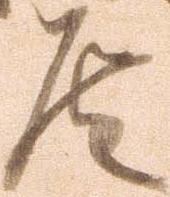
候